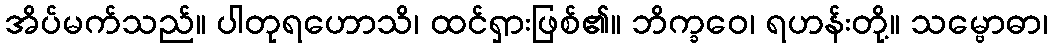
အိပ်မက်သည်။ ပါတုရဟောသိ၊ ထင်ရှားဖြစ်၏။ ဘိက္ခဝေ၊ ရဟန်းတို့။ သမ္ဗောဓာ၊